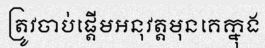
ត្រូវចាប់ផ្តើមអនុវត្តមុនគេក្នុង